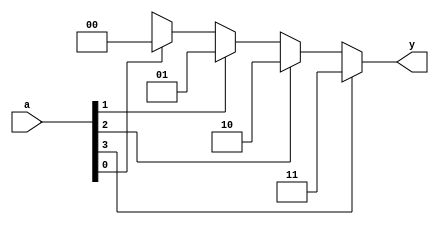
`timescale 1ns / 1ps
//////////////////////////////////////////////////////////////////////////////////
// Company: 
// 
// Design Name: 
// Module Name: prior_encod
// Project Name: priority encoder
// Target Devices: 
// Tool Versions: 
// Description: 
// 
// Dependencies: 
// 
// Revision:
// Revision 0.01 - File Created
// Additional Comments:
// 
//////////////////////////////////////////////////////////////////////////////////


module prior_encod(input [3:0]a,output  reg [1:0]y);
always@( a) begin 

     if(a[3]==1'b1)
         y=2'b11;
     else if (a[2]==1'b1)
         y=2'b10;
      else if (a[1]==1'b1)
         y=2'b01;
         else if (a[0]==1'b1)
         y=2'b00;
         else 
           y=2'bxx;
    
 end

endmodule